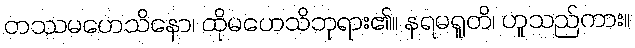
တဿမဟေသိနော၊ ထိုမဟေသိဘုရား၏။ နရမရူတိ၊ ဟူသည်ကား။